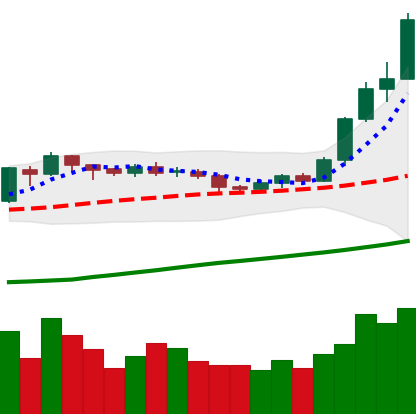
Ticker: ETH-USD
Chart end date: 2020-07-25
Forward return: 10.041%
Label: up_7plus